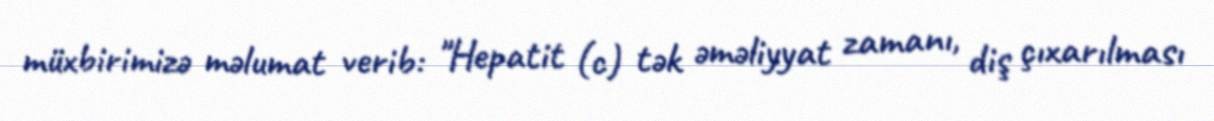
müxbirimizə məlumat verib: "Hepatit (c) tək əməliyyat zamanı, diş çıxarılması